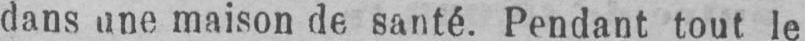
dans une maison de santé. Pendant tout le